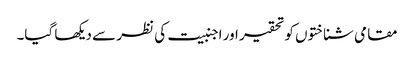
مقامی شناختوں کو تحقیر اور اجنبیت کی نظر سے دیکھا گیا۔